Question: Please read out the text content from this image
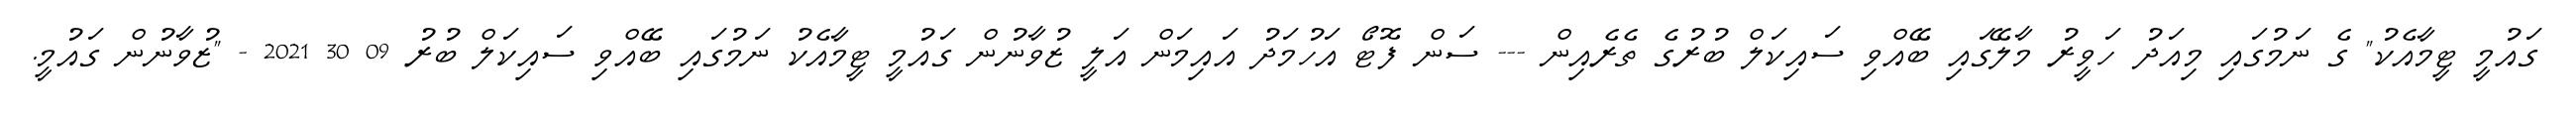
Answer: ގައުމީ ޓީމާއެކު" ގެ ނަމުގައި މިއަދު ހަވީރު މާލޭގައި ބޭއްވި ސައިކަލް ބުރުގެ ތެރެއިން --- ސަން ފޮޓޯ އަހުމަދު އައިމަން އަލީ ޒުވާނުން ގައުމީ ޓީމާއެކު ނަމުގައި ބޭއްވި ސައިކަލް ބުރު 09 30 2021 - "ޒުވާނުން ގައުމީ.